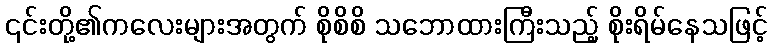
၎င်းတို့၏ကလေးများအတွက် စိုစိစိ သဘောထားကြီးသည့် စိုးရိမ်နေသဖြင့်